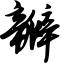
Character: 瓣